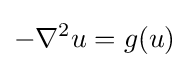
-\nabla ^{2}u=g(u)